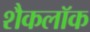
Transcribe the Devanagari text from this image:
शैकलॉक